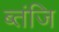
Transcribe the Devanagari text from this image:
ब्तंजि